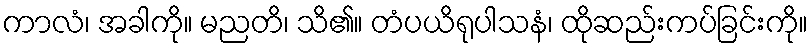
ကာလံ၊ အခါကို။ မညတိ၊ သိ၏။ တံပယိရုပါသနံ၊ ထိုဆည်းကပ်ခြင်းကို။